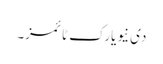
دی نیویارک ٹائمز۔